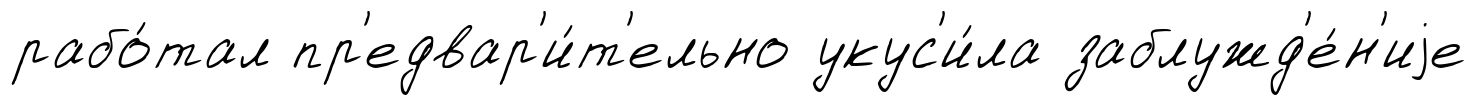
рабо́тал пр'едвар'и́т'ельно укус'и́ла заблужд'е́н'иjе